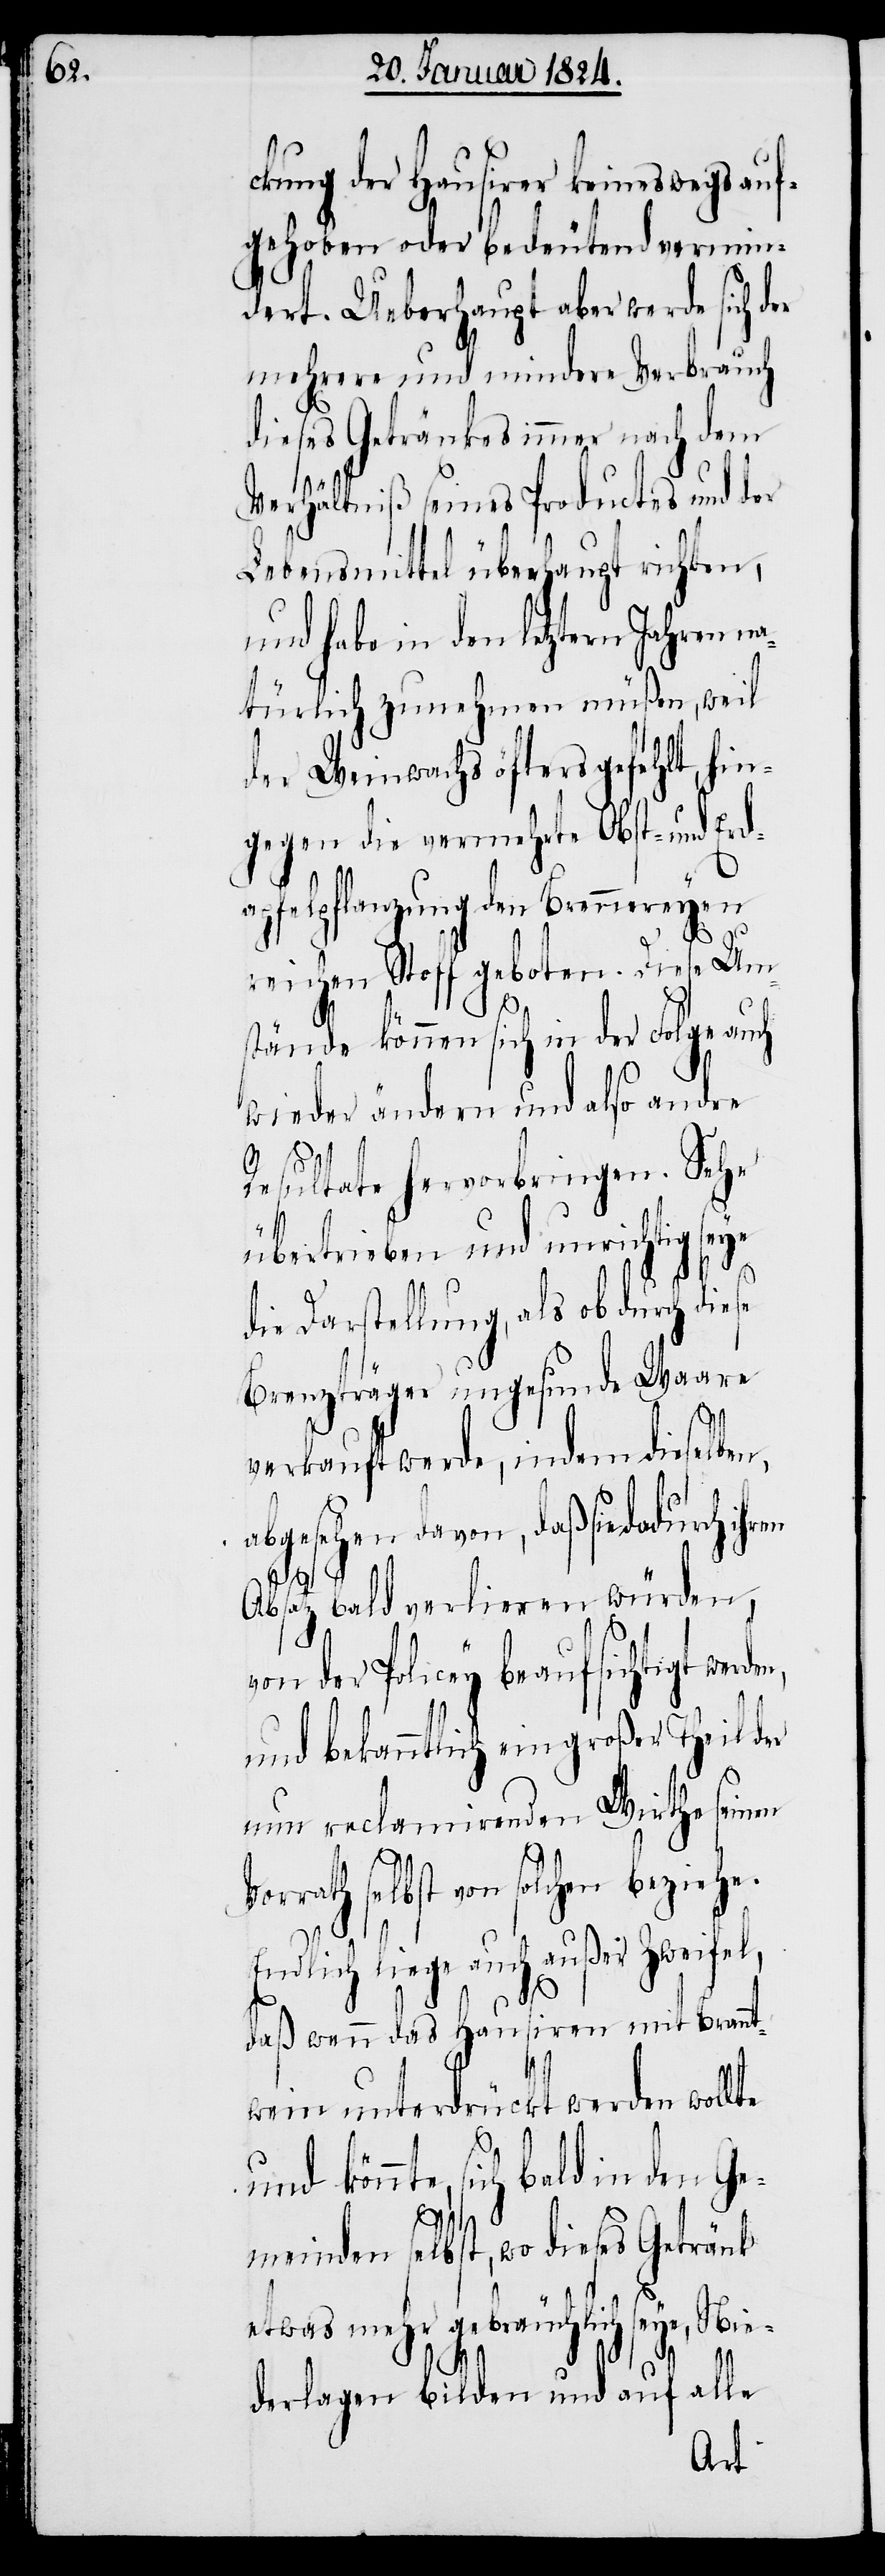
ckung der Hausirer keineswegs auf¬
gehoben oder bedeutend vermin¬
dert. Ueberhaupt aber werde sich d¬
mehrere und mindere Verbrauch
dieses Getränkes immer nach dem
Verhältniß seines Productes und der
Lebensmittel überhaupt sichten,
und habe in den letztern Jahren n¬
atürlich zunehmen müßen, weil
der Weinwachs öfters gefehlt, hin¬
gegen die vermehrte Obst- und Erd¬
apfelpflanzung den Brennereyen
reichen Stoff geboten. Diese Um¬
stände können sich in der Folge auch
wieder ändern und also andre
Resultate hervorbringen. Sehr
er
übertrieben und unrichtig seye
die Darstellung, als ob durch die¬
Brenzträger ungesunde Waare
verkauft werde, indem dieselben,
abgesehen davon, daß sie dadurch ih¬
den,
Absatz bald verlieren würden,
von der Policey beaufsichtigt wer¬
und bekanntlich ein großer Theil der
nun reclamirenden Wirthe seinen
selbst von solchen beziehe.
Endlich liege auch außer Zweifel,
daß wenn das Hausiren mit Brannt¬
wein unterdrückt werden wollte
könnte, sich bald in den Ge¬
meinden selbst, wo dieses Getränk
etwas mehr gebräuchlich seye, Nie¬
derlagen bilden und auf alle